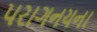
પરાગનયના